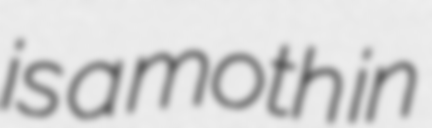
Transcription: is a moth in